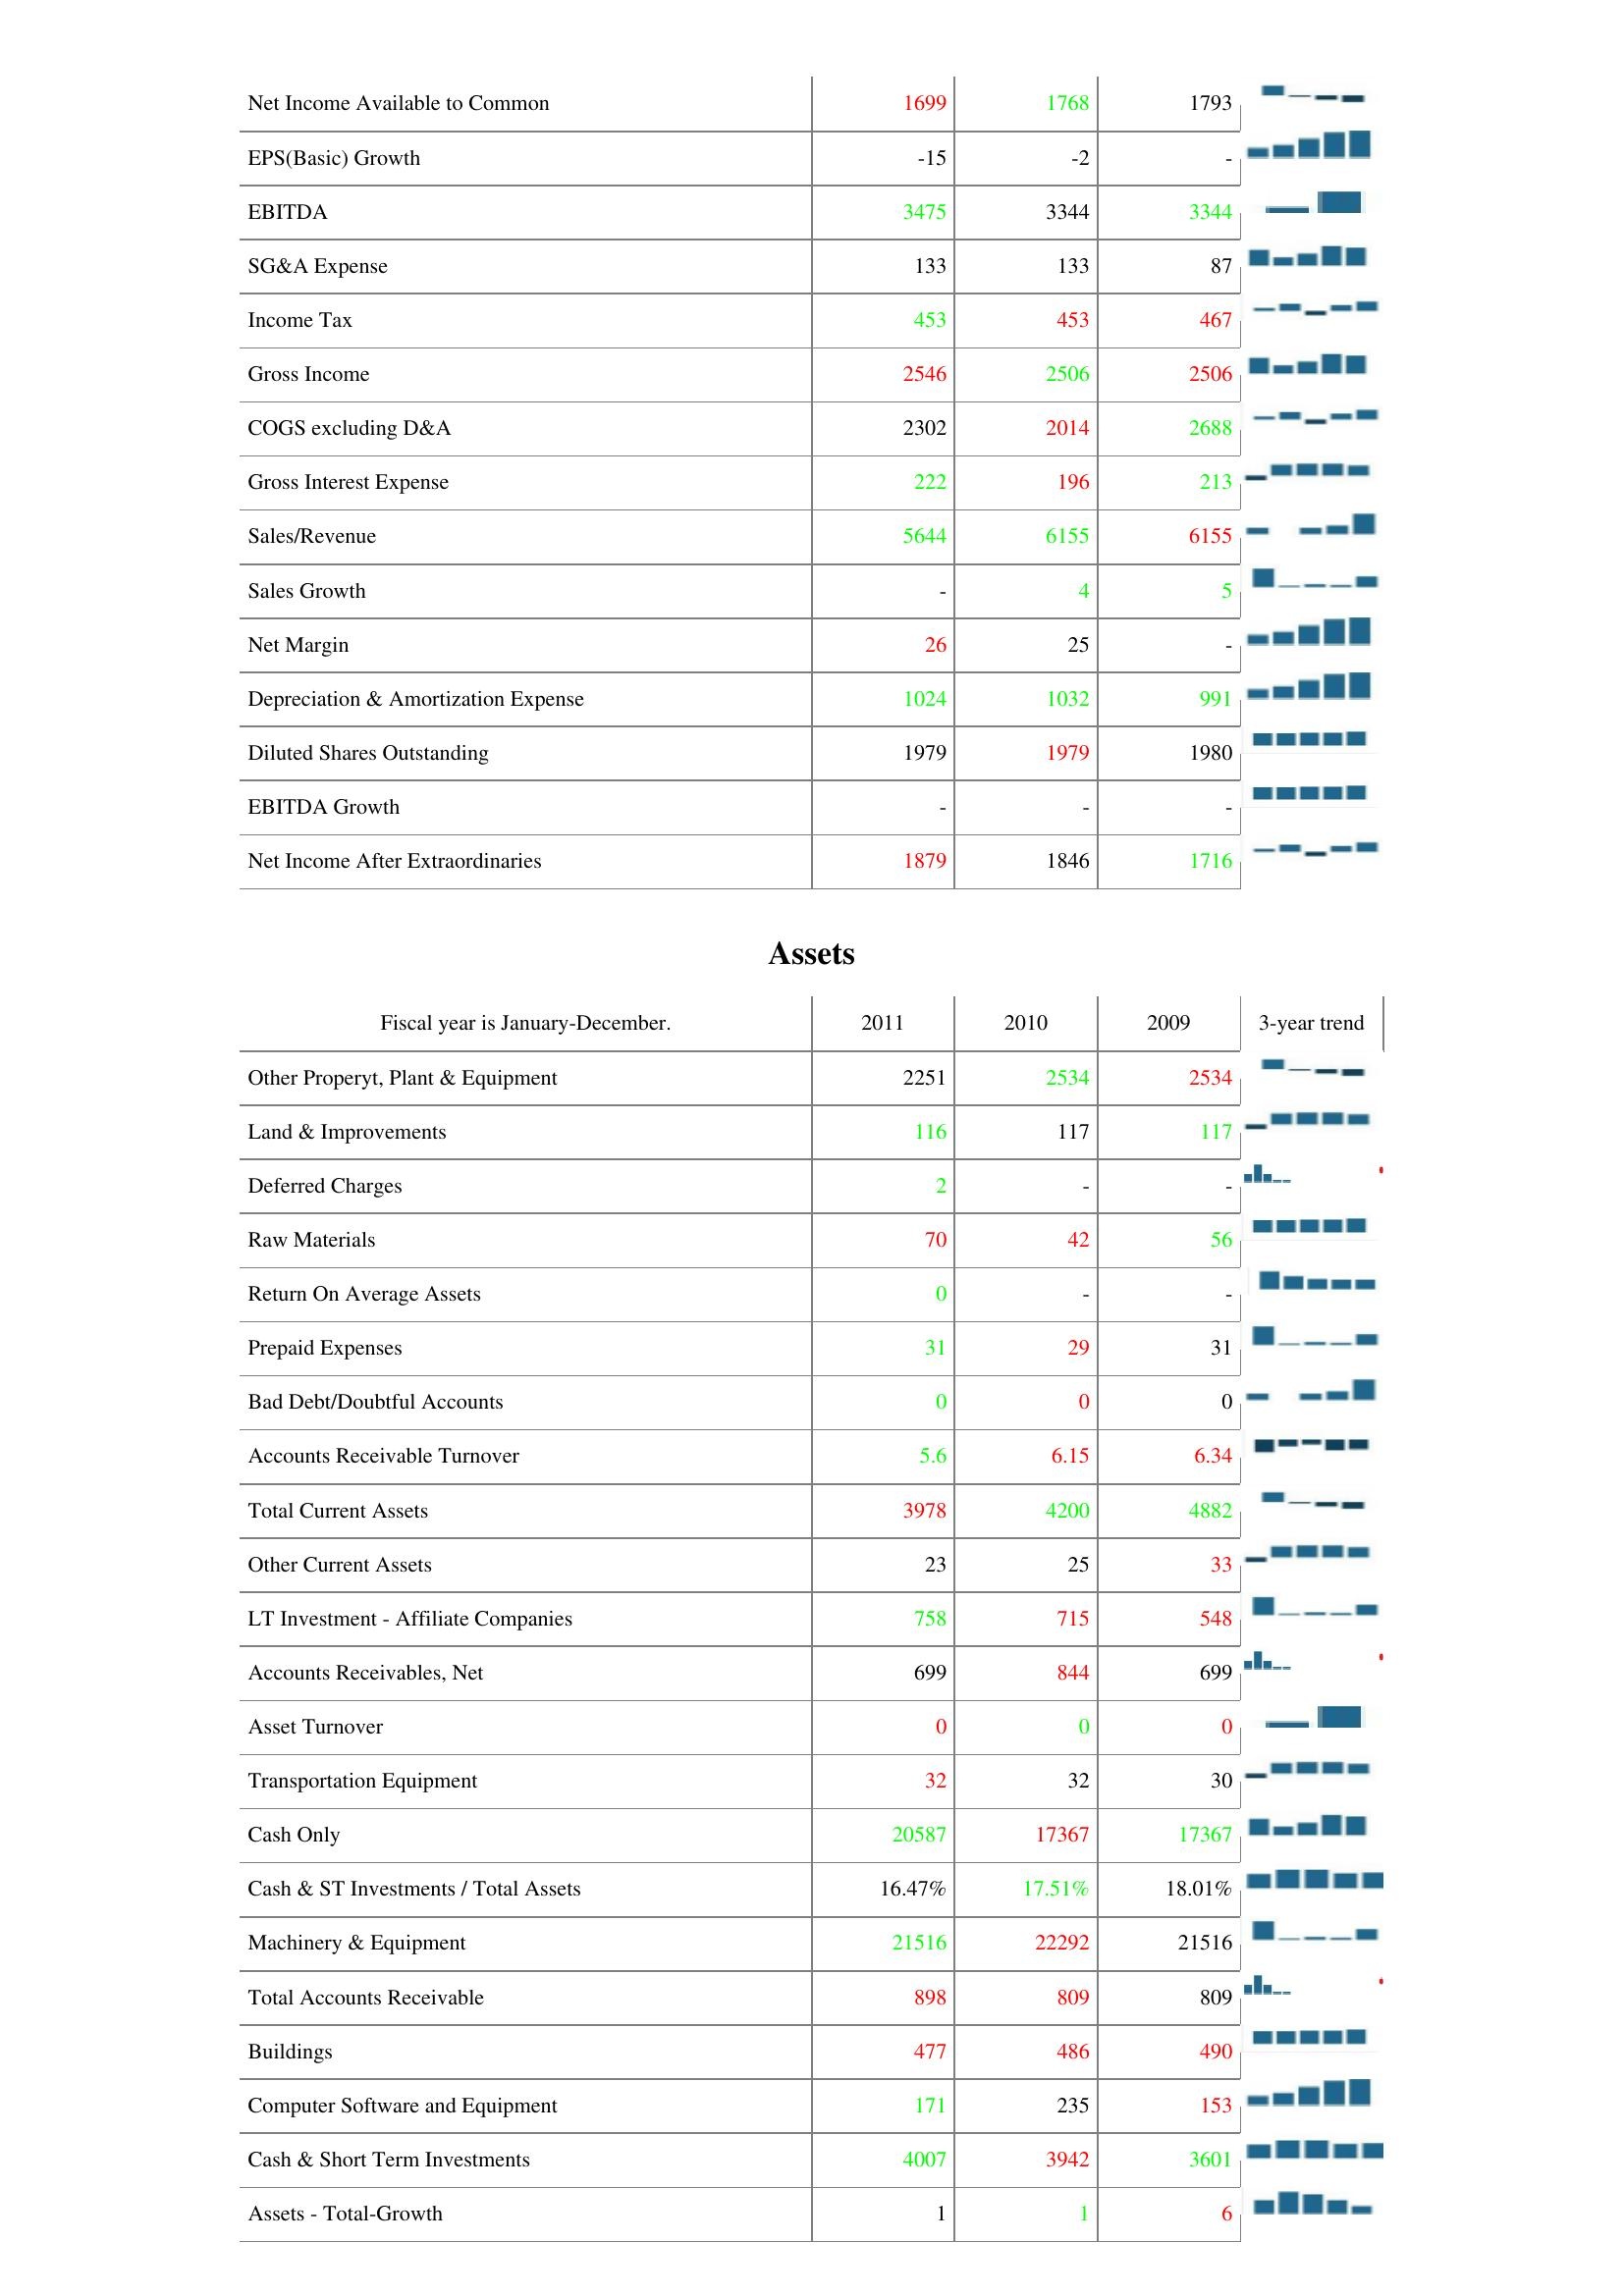
2011: : Net Income Available to Common: 1699
EPS(Basic) Growth: -15
EBITDA: 3475
SG&A Expense: 133
Income Tax: 453
Gross Income: 2546
COGS excluding D&A: 2302
Gross Interest Expense: 222
Sales/Revenue: 5644
Sales Growth: -
Net Margin: 26
Depreciation & Amortization Expense: 1024
Diluted Shares Outstanding: 1979
EBITDA Growth: -
Net Income After Extraordinaries: 1879
Assets: Other Properyt, Plant & Equipment: 2251
Land & Improvements: 116
Deferred Charges: 2
Raw Materials: 70
Return On Average Assets: 0
Prepaid Expenses: 31
Bad Debt/Doubtful Accounts: 0
Accounts Receivable Turnover: 5.6
Total Current Assets: 3978
Other Current Assets: 23
LT Investment - Affiliate Companies: 758
Accounts Receivables, Net: 699
Asset Turnover: 0
Transportation Equipment: 32
Cash Only: 20587
Cash & ST Investments / Total Assets: 16.47%
Machinery & Equipment: 21516
Total Accounts Receivable: 898
Buildings: 477
Computer Software and Equipment: 171
Cash & Short Term Investments: 4007
Assets - Total-Growth: 1
2010: : Net Income Available to Common: 1768
EPS(Basic) Growth: -2
EBITDA: 3344
SG&A Expense: 133
Income Tax: 453
Gross Income: 2506
COGS excluding D&A: 2014
Gross Interest Expense: 196
Sales/Revenue: 6155
Sales Growth: 4
Net Margin: 25
Depreciation & Amortization Expense: 1032
Diluted Shares Outstanding: 1979
EBITDA Growth: -
Net Income After Extraordinaries: 1846
Assets: Other Properyt, Plant & Equipment: 2534
Land & Improvements: 117
Deferred Charges: -
Raw Materials: 42
Return On Average Assets: -
Prepaid Expenses: 29
Bad Debt/Doubtful Accounts: 0
Accounts Receivable Turnover: 6.15
Total Current Assets: 4200
Other Current Assets: 25
LT Investment - Affiliate Companies: 715
Accounts Receivables, Net: 844
Asset Turnover: 0
Transportation Equipment: 32
Cash Only: 17367
Cash & ST Investments / Total Assets: 17.51%
Machinery & Equipment: 22292
Total Accounts Receivable: 809
Buildings: 486
Computer Software and Equipment: 235
Cash & Short Term Investments: 3942
Assets - Total-Growth: 1
2009: : Net Income Available to Common: 1793
EPS(Basic) Growth: -
EBITDA: 3344
SG&A Expense: 87
Income Tax: 467
Gross Income: 2506
COGS excluding D&A: 2688
Gross Interest Expense: 213
Sales/Revenue: 6155
Sales Growth: 5
Net Margin: -
Depreciation & Amortization Expense: 991
Diluted Shares Outstanding: 1980
EBITDA Growth: -
Net Income After Extraordinaries: 1716
Assets: Other Properyt, Plant & Equipment: 2534
Land & Improvements: 117
Deferred Charges: -
Raw Materials: 56
Return On Average Assets: -
Prepaid Expenses: 31
Bad Debt/Doubtful Accounts: 0
Accounts Receivable Turnover: 6.34
Total Current Assets: 4882
Other Current Assets: 33
LT Investment - Affiliate Companies: 548
Accounts Receivables, Net: 699
Asset Turnover: 0
Transportation Equipment: 30
Cash Only: 17367
Cash & ST Investments / Total Assets: 18.01%
Machinery & Equipment: 21516
Total Accounts Receivable: 809
Buildings: 490
Computer Software and Equipment: 153
Cash & Short Term Investments: 3601
Assets - Total-Growth: 6